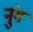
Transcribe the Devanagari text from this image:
नुंग